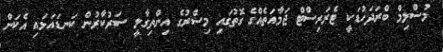
މުސްލިމް ބްރަދަހުޑަކީ ޓެރަރިސްޓް ޖަމާއަތެއްގެ ގޮތުގައި މިސްރުގެ އިންތިގާލީ ސަރުކާރުން ކަނޑައަޅައި އެކަން